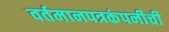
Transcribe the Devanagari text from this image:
वर्तमानपत्रकंपनीची